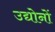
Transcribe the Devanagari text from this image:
उद्योनों